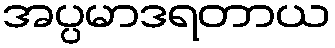
အပ္ပမာဒရတာယ